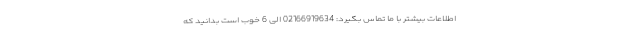
اطلاعات بیشتر با ما تماس بگیرد: 02166919634 الی 6 خوب است بدانید که